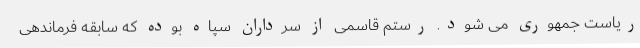
ریاست جمهوری می شود. رستم قاسمی از سرداران سپاه بوده که سابقه فرماندهی